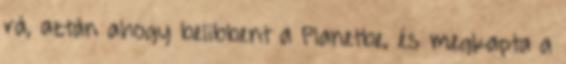
rá, aztán ahogy belibbent a Planetbe, és megkapta a